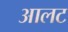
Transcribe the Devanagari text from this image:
आलट